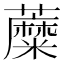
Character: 𧃲